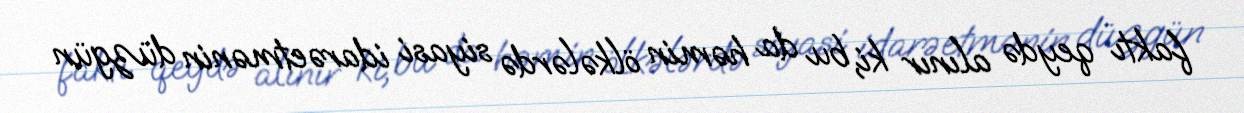
faktı qeydə alınır ki, bu da həmin ölkələrdə siyasi idarəetmənin düzgün